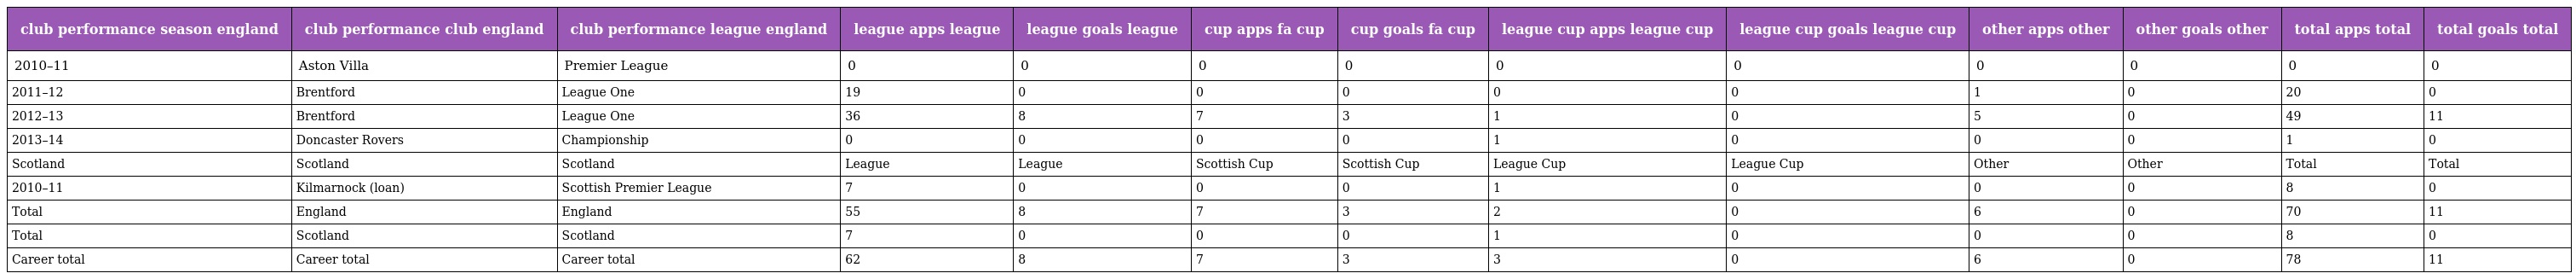
| club performance season england | club performance club england | club performance league england | league apps league | league goals league | cup apps fa cup | cup goals fa cup | league cup apps league cup | league cup goals league cup | other apps other | other goals other | total apps total | total goals total |
 | --- | --- | --- | --- | --- | --- | --- | --- | --- | --- | --- | --- | --- |
 | 2010–11 | Aston Villa | Premier League | 0 | 0 | 0 | 0 | 0 | 0 | 0 | 0 | 0 | 0 |
 | 2011–12 | Brentford | League One | 19 | 0 | 0 | 0 | 0 | 0 | 1 | 0 | 20 | 0 |
 | 2012–13 | Brentford | League One | 36 | 8 | 7 | 3 | 1 | 0 | 5 | 0 | 49 | 11 |
 | 2013–14 | Doncaster Rovers | Championship | 0 | 0 | 0 | 0 | 1 | 0 | 0 | 0 | 1 | 0 |
 | Scotland | Scotland | Scotland | League | League | Scottish Cup | Scottish Cup | League Cup | League Cup | Other | Other | Total | Total |
 | 2010–11 | Kilmarnock (loan) | Scottish Premier League | 7 | 0 | 0 | 0 | 1 | 0 | 0 | 0 | 8 | 0 |
 | Total | England | England | 55 | 8 | 7 | 3 | 2 | 0 | 6 | 0 | 70 | 11 |
 | Total | Scotland | Scotland | 7 | 0 | 0 | 0 | 1 | 0 | 0 | 0 | 8 | 0 |
 | Career total | Career total | Career total | 62 | 8 | 7 | 3 | 3 | 0 | 6 | 0 | 78 | 11 |